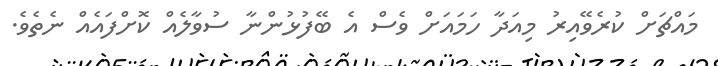
މައްޗަށް ކުރެވޭއިރު މިއަދާ ހަމައަށް ވެސް އެ ބޭފުޅުންނާ ސުވާލެއް ކޮށްފައެއް ނެތެވެ.